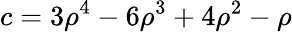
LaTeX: c=3\rho^{4}-6\rho^{3}+4\rho^{2}-\rho